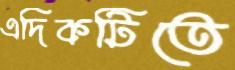
এদিকটিতে